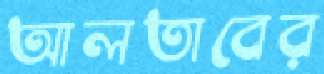
আলতাবের